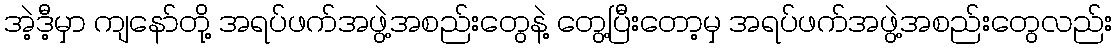
အဲ့ဒီ့မှာ ကျနော်တို့ အရပ်ဖက်အဖွဲ့အစည်းတွေနဲ့ တွေ့ပြီးတော့မှ အရပ်ဖက်အဖွဲ့အစည်းတွေလည်း